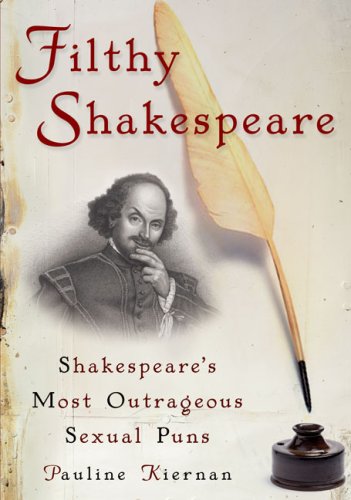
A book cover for Filthy Shakespeare: Shakespeare's Most Outrageous Sexual Puns; Pauline Kiernan; Humor & Entertainment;